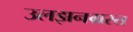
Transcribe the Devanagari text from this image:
उलझनग्रस्त